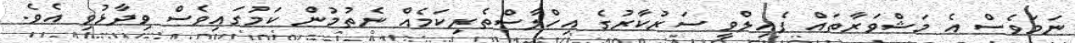
ނަމަވެސް އެ މަޝްވަރާތައް ފެއިލްވީ ސަރުކާރުގެ އިހްލާސްތެރިކަމެއް ނެތުމުން ކަމުގައިވެސް ވިދާޅުވި އެވެ.